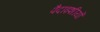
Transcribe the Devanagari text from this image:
पैदाइशीयों